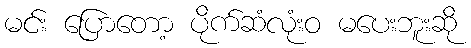
မင်း ပြောတော့ ပိုက်ဆံလုံးဝ မပေးဘူးဆို